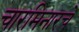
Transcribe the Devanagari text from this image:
चारमिनारचे